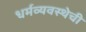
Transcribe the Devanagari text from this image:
धर्मव्यवस्थेची